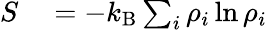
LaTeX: \begin{array}{rl}{S}&{{}=-k_{\mathrm{B}}\sum_{i}\rho_{i}\ln\rho_{i}}\end{array}